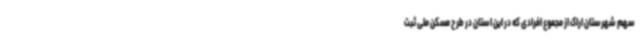
سهم شهرستان اراک از مجموع افرادی که در این استان در طرح مسکن ملی ثبت